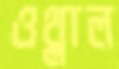
ওথ্‌লাল